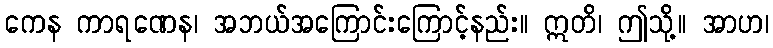
ကေန ကာရဏေန၊ အဘယ်အကြောင်းကြောင့်နည်း။ ဣတိ၊ ဤသို့။ အာဟ၊